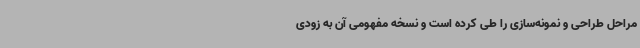
مراحل طراحی و نمونه‌سازی را طی کرده است و نسخه مفهومی آن به زودی